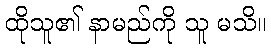
ထိုသူ၏ နာမည်ကို သူ မသိ။